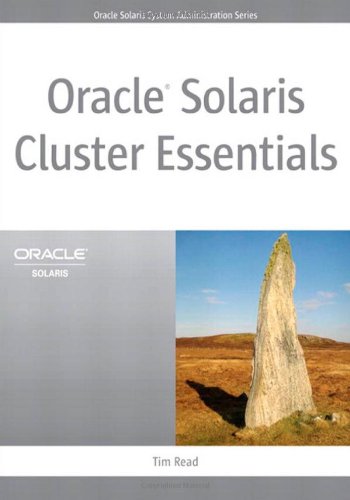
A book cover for Oracle Solaris Cluster Essentials (Oracle Solaris System Administration Series); Tim Read; Computers & Technology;